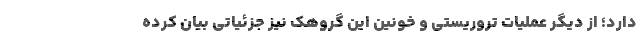
دارد؛ از دیگر عملیات تروریستی و خونین این گروهک نیز جزئیاتی بیان کرده